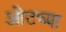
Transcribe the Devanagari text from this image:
ओटच्या